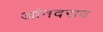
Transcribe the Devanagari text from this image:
आंनदराव